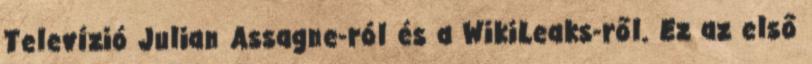
Televízió Julian Assagne-ról és a WikiLeaks-ről. Ez az első